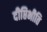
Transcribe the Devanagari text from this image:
दीप्तिभीति